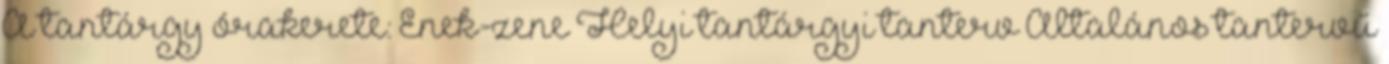
A tantárgy órakerete: Ének-zene Helyi tantárgyi tanterv Általános tantervű